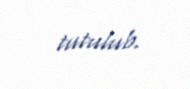
tutulub.